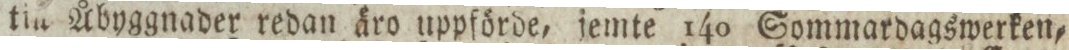
tin Åbyggnader redan äro uppförde, jemte 140 Sommardagswerken=